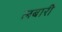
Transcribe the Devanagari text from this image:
लबारी